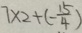
7 \times 2 + ( - \frac { 1 5 } { 4 } )